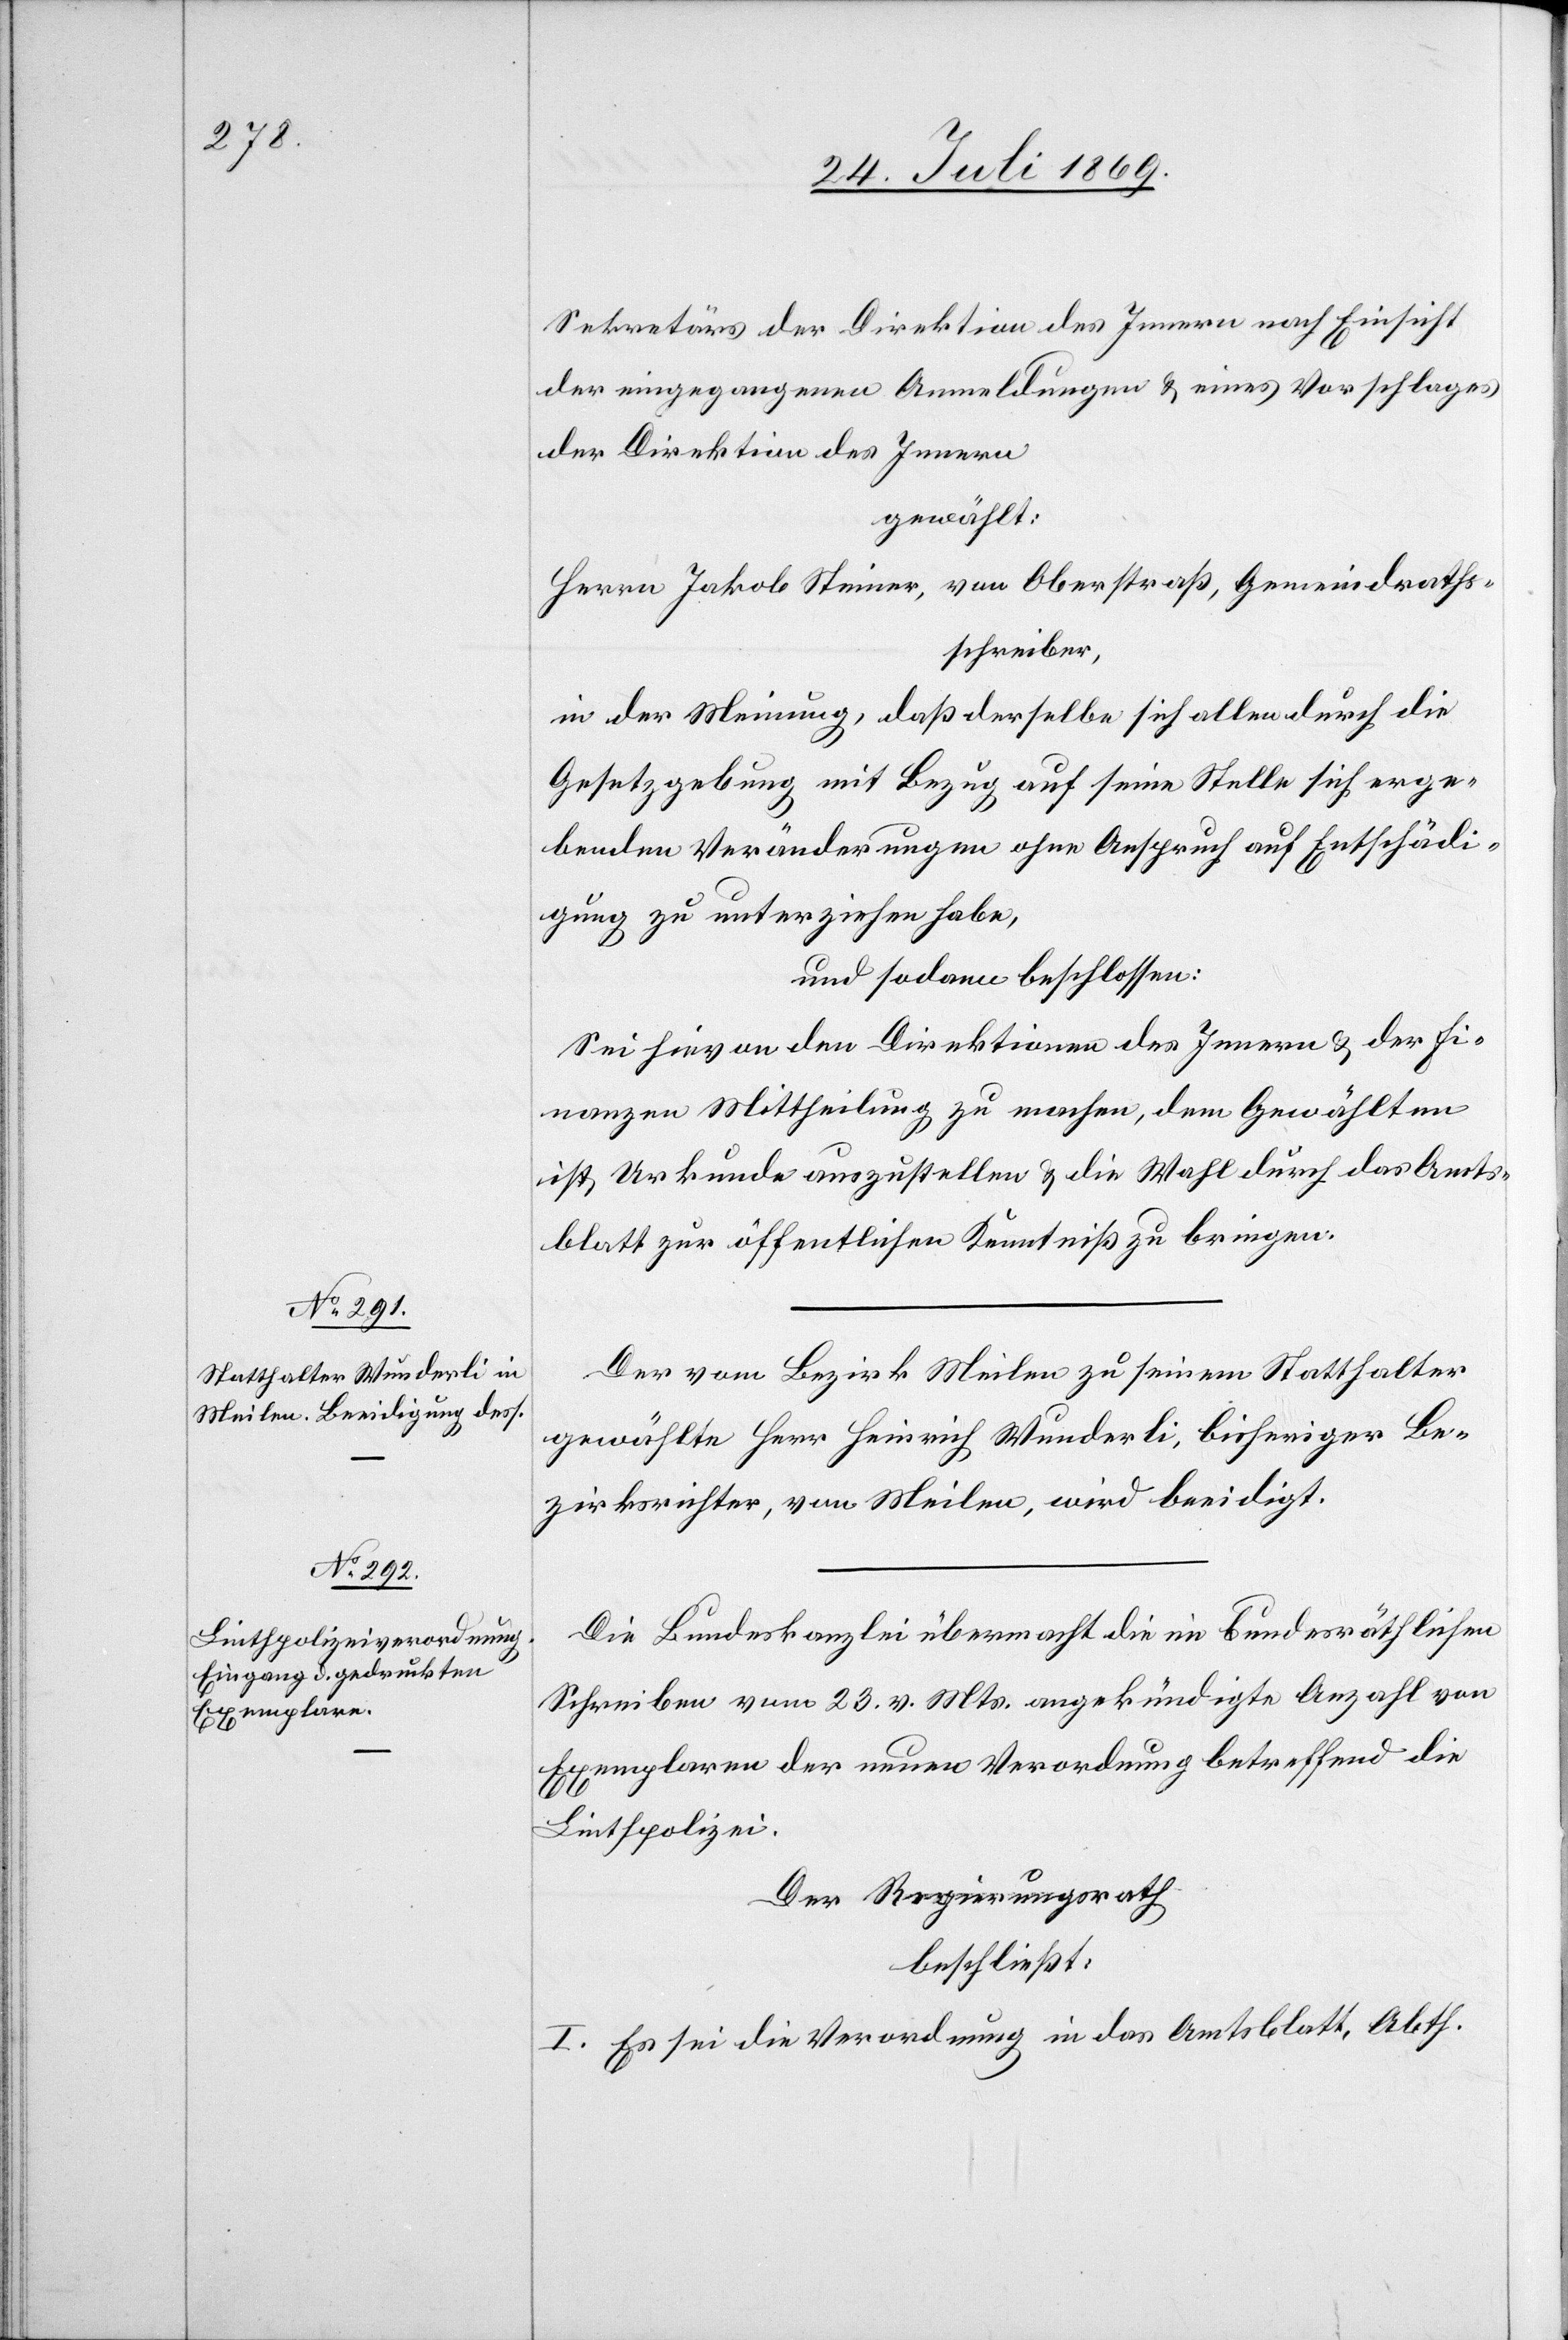
Sekretärs der Direktion des Innern nach Einsicht
der eingegangenen Anmeldungen u. eines Vorschlages
der Direktion des Innern,
gewählt:
Herrn Jakob Steiner, von Oberstraß, Gemeindraths¬
schreiber,
in der Meinung, daß derselbe sich allen durch die
Gesetzgebung mit Bezug auf seine Stelle sich erge¬
benden Veränderungen ohne Anspruch auf Entschädi¬
gung zu unterziehen habe,
und sodann beschlossen:
Sei hievon an den Direktionen des Innern u. der Fi¬
nanzen Mittheilung zu machen, dem Gewählten
ist Urkunde auszustellen u. die Wahl durch das Amts¬
blatt zur öffentlichen Kenntniß zu bringen.
Der vom Bezirk Meilen zu seinem Statthalter
gewählte Herr Heinrich Wunderli, bisheriger Be¬
zirksrichte, von Meilen, wird beeidigt.
Die Bundeskanzlei übermacht die im bundesräthlichen
Schreiben vom 23 v. Mts. angekündigte Anzahl von
Exemplaren der neuen Verordnung betreffend die
Linthpolizei.
Der Regierungsrath
beschließt:
I. Es sei die Verordnung in das Amtsblatt, Abth.